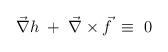
LaTeX: \begin{align*}\vec{\nabla} h\;+\;\vec{\nabla} \times \vec{f}\;\equiv\;0\end{align*}